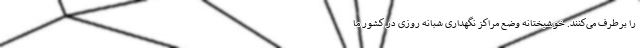
را برطرف می‌کنند. خوشبختانه وضع مراکز نگهداری شبانه روزی در کشور ما